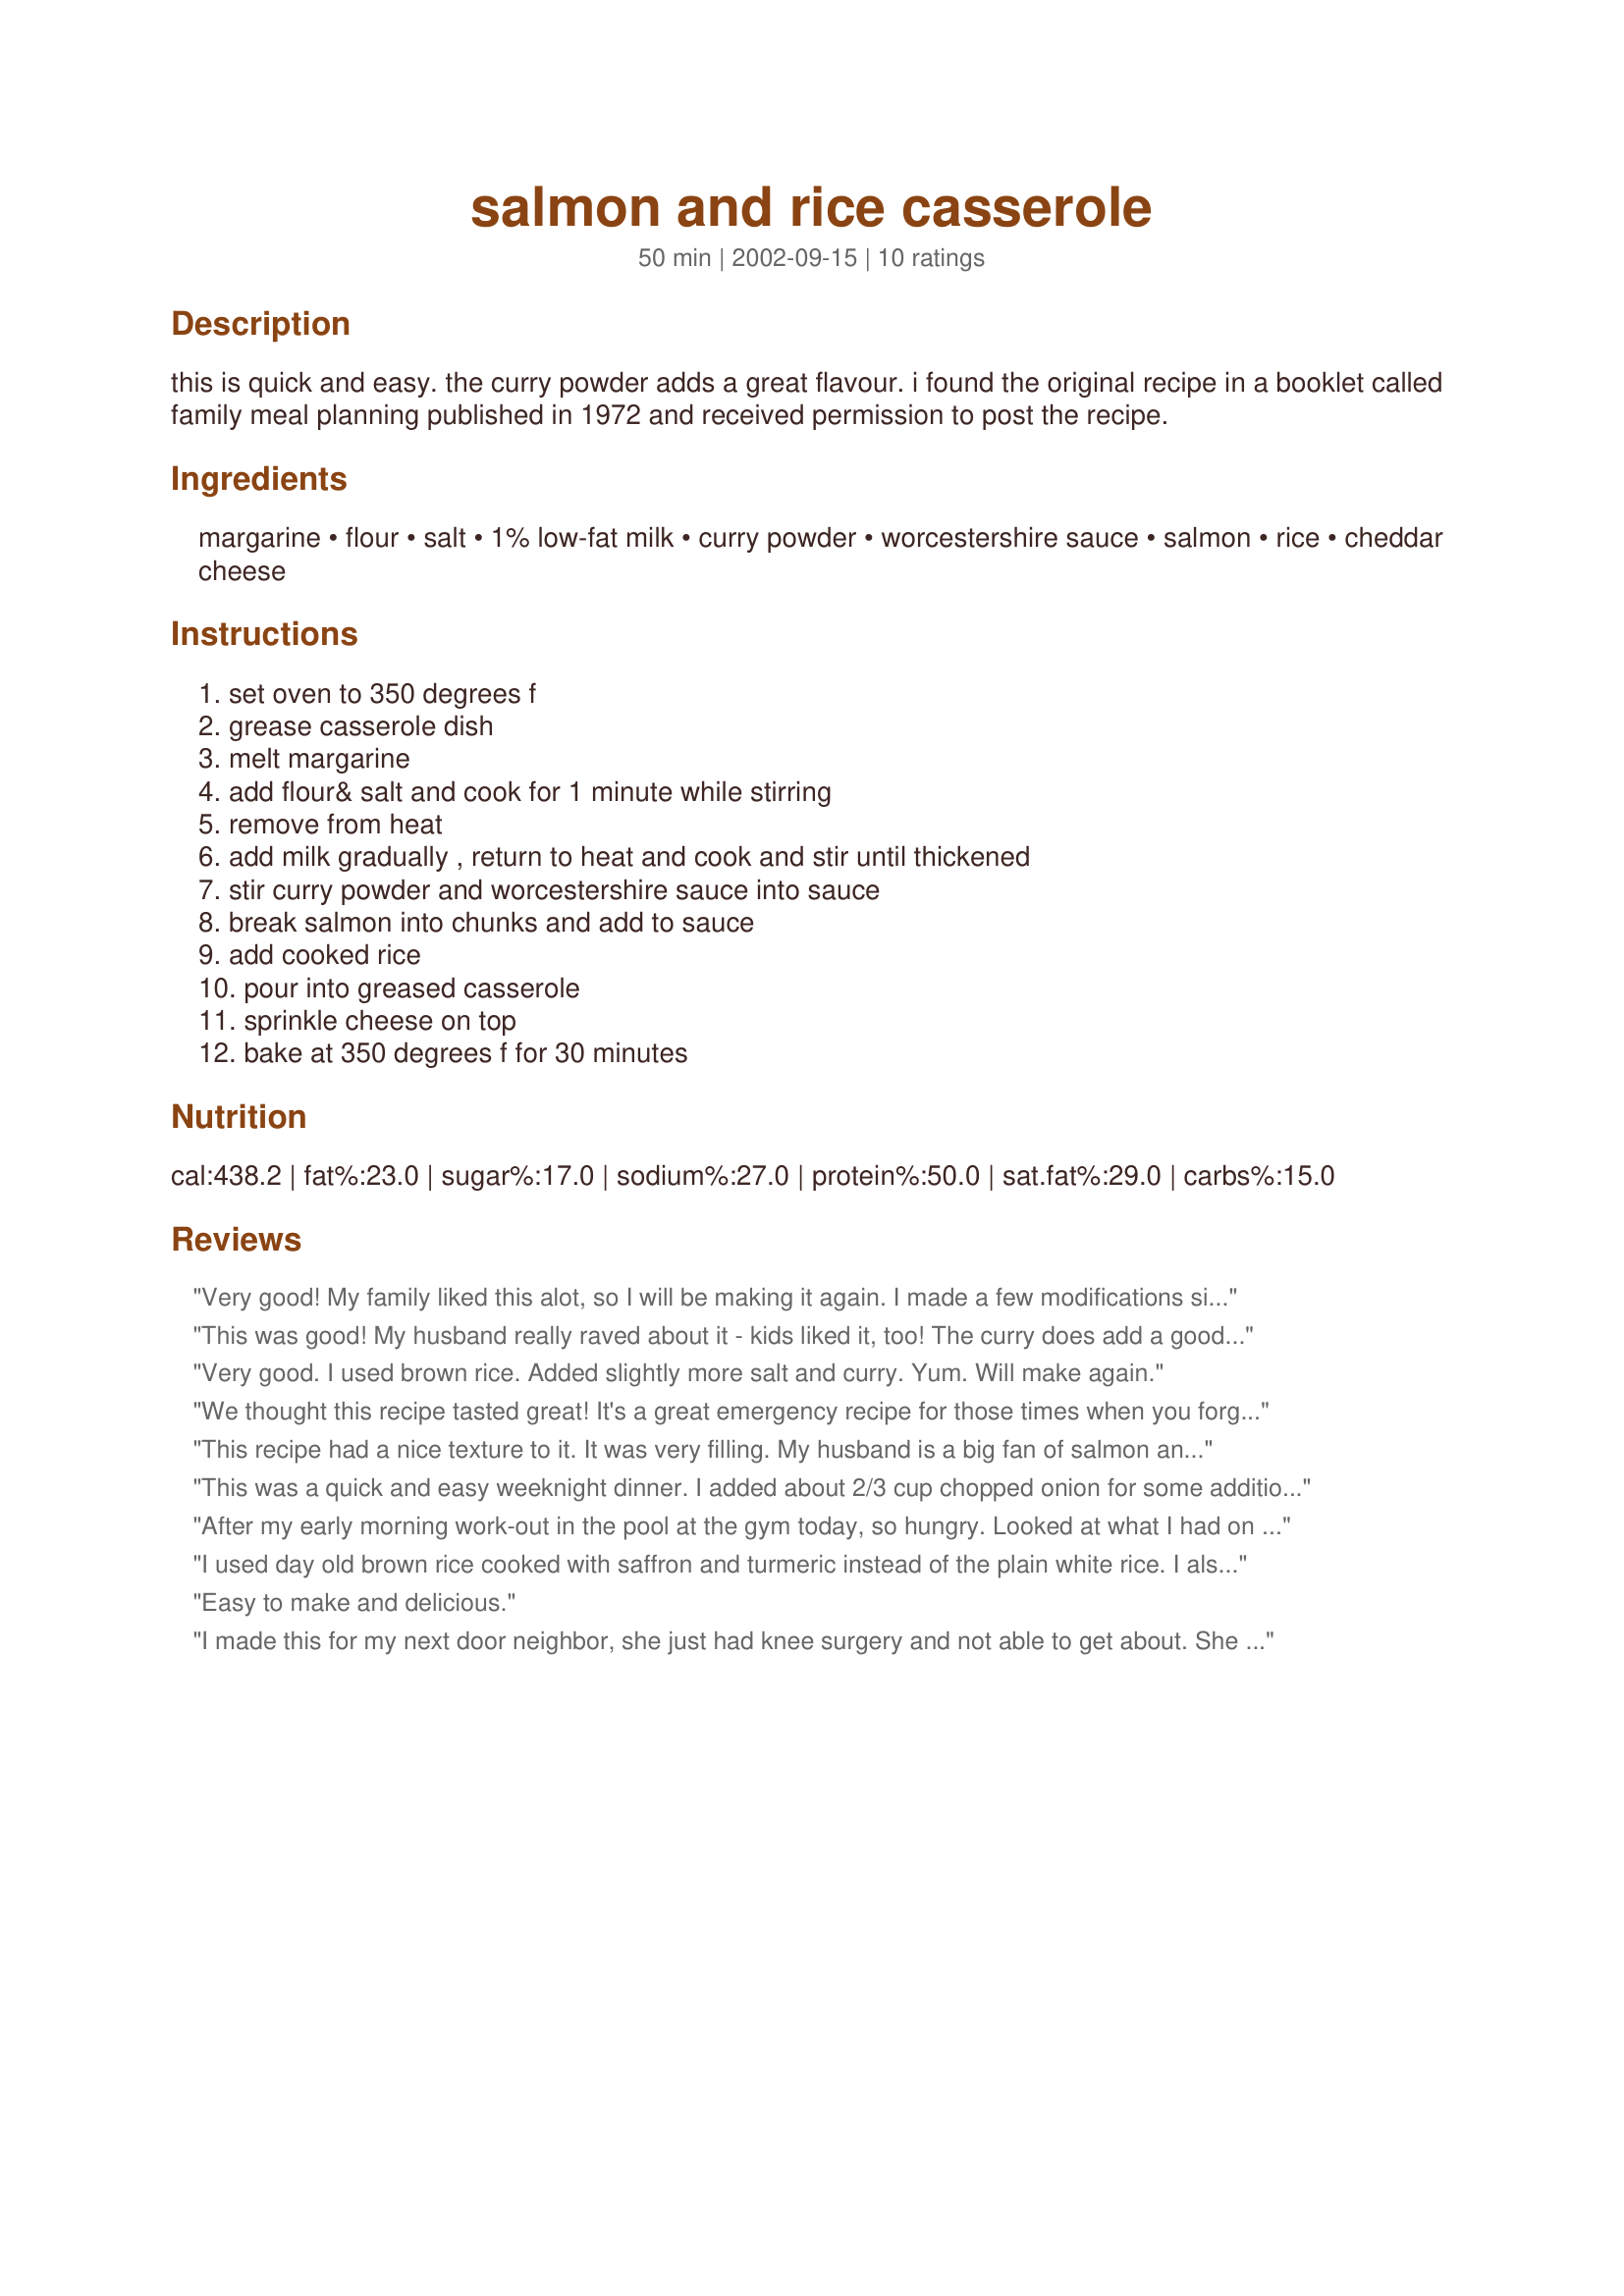
salmon and rice casserole
Preparation time: 50 minutes

this is quick and easy. the curry powder adds a great flavour. i found the original recipe in a booklet called family meal planning published in 1972 and received permission to post the recipe.

Ingredients:
margarine, flour, salt, 1% low-fat milk, curry powder, worcestershire sauce, salmon, rice, cheddar cheese

Steps:
set oven to 350 degrees f, grease casserole dish, melt margarine, add flour& salt and cook for 1 minute while stirring, remove from heat, add milk gradually , return to heat and cook and stir until thickened, stir curry powder and worcestershire sauce into sauce, break salmon into chunks and add to sauce, add cooked rice, pour into greased casserole, sprinkle cheese on top, bake at 350 degrees f for 30 minutes

Reviews:
Very good! My family liked this alot, so I will be making it again. I made a few modifications since I didn't have any Curry Powder. I thought I had some, made the majority of the recipe, and then discovered I was out! Instead of Curry, the spices I used were: ~3/4 tsp. fresh dill (although I might increase it to 1 tsp. next time), ~1 T. Mrs. Dash, ~1/4 tsp. Pepper, and ~1/8 C. finely chopped onions mixed in with cheese topping (although next time I will also add ~1/2 C. onion to the casserole itself). The cheese I used for the topping was a Cheddar/Monterey Jack blend (that's what I had on hand). I sprinkled Parsley on top, prior to baking, to add a little color and make it pretty. All the spices are approximate. I adjusted them to my taste prior to baking. Additionally, the rice I used was cooked with olive oil and chicken boullion, and seasoned with fresh garlic and pepper, Thanks for a quick and yummy recipe!
This was good! My husband really raved about it - kids liked it, too! The curry does add a good flavor.
Very good. I used brown rice. Added slightly more salt and curry. Yum. Will make again.
We thought this recipe tasted great! It's a great emergency recipe for those times when you forget to thaw meat or plan supper. I think next time I want to try to add a little lemon. Thanks!
This recipe had a nice texture to it. It was very filling. My husband is a big fan of salmon and he enjoyed it.
This was a quick and easy weeknight dinner. I added about 2/3 cup chopped onion for some additional flavor. I might add some more salt next time.

After my early morning work-out in the pool at the gym today, so hungry. Looked at what I had on hand and came to this recipe. Made the following changes: fresh lemon juice, dill weed, saut&eacute;ed onions/sweet peppers, mozzarella cheese instead of cheddar, 2 tablespoons of butter, 1 1/2 tablespoons flour, 1/2 cup rice, panko bread crumbs on top (drizzled evoo on top) the last 10 minutes until golden brown. So good, I ate 2 servings. Most certainly a keeper. Thanks Timothy!!!
I used day old brown rice cooked with saffron and turmeric instead of the plain white rice. I also added some stremed broccoli florets and frozen peas b4 i popped it in the oven. Both my huband and myself found it very satisfying, we served a green salad on the side.
Easy to make and delicious.
I made this for my next door neighbor, she just had knee surgery and not able to get about. She and her hubsand were delighted! This was just delicious -- had to try it before sending it on its way! I will make this again soon for my family! Thanks Timothy! Made for 2009 Spring PAC
